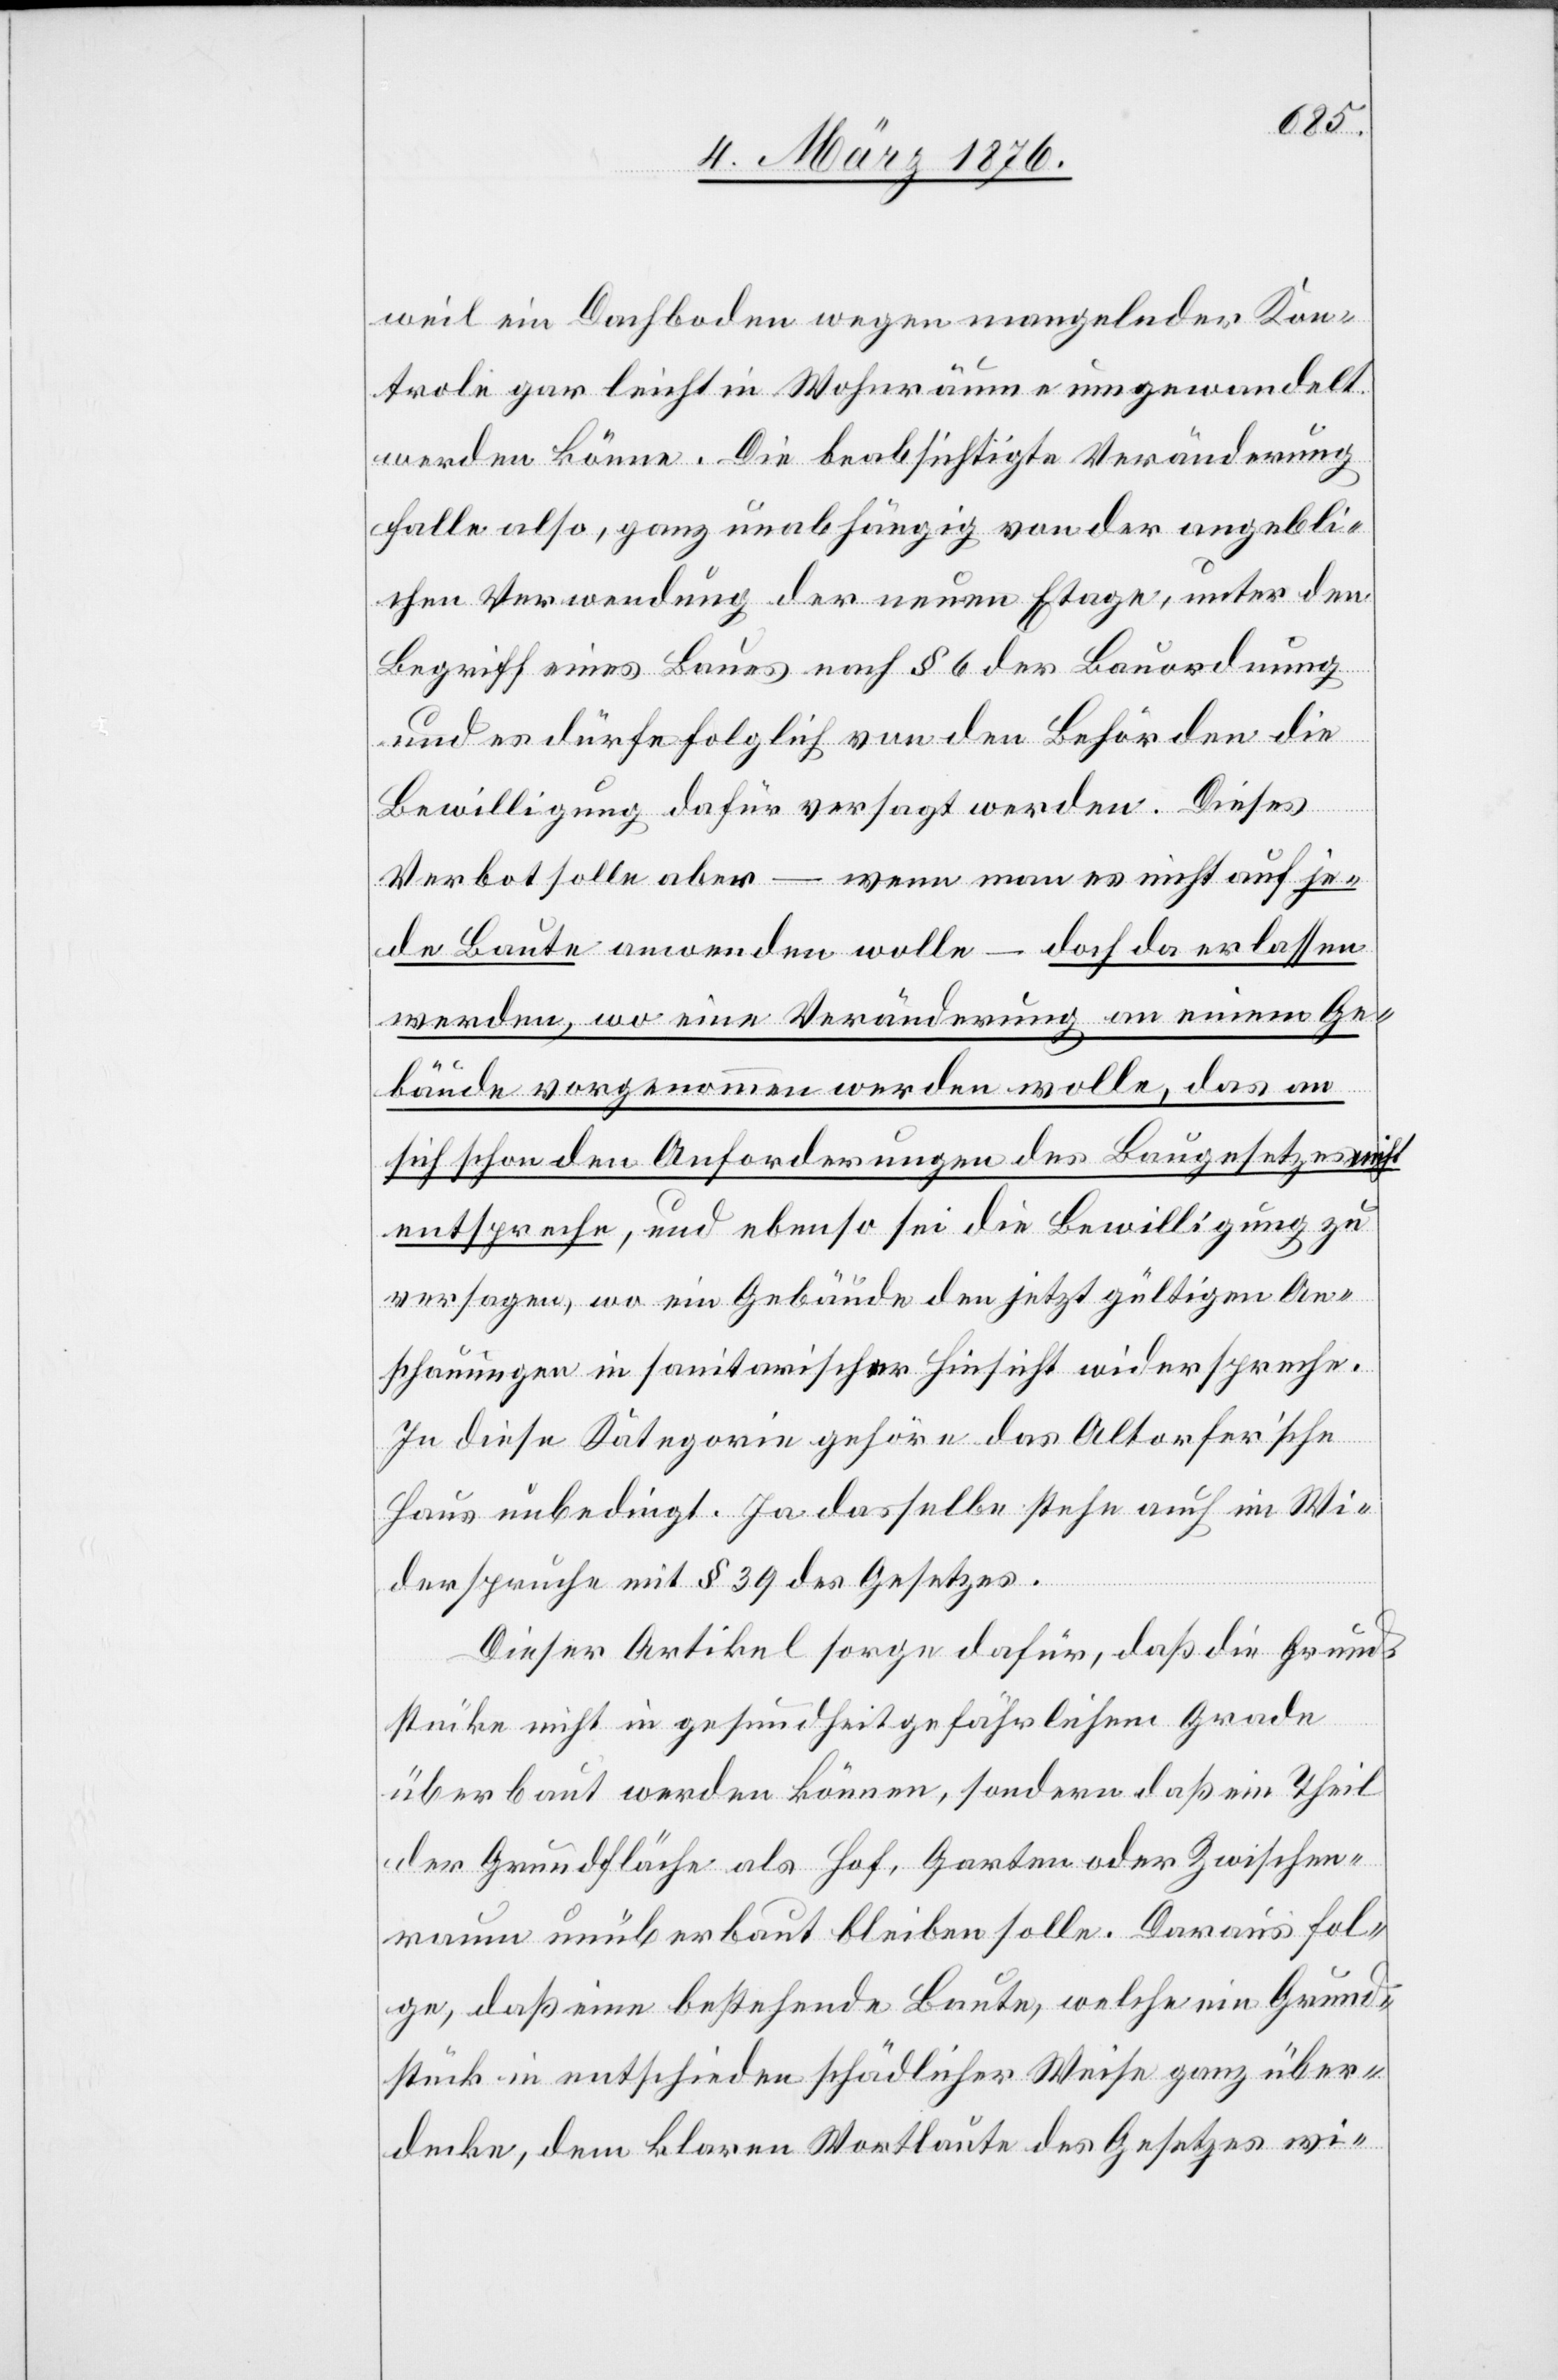
weil ein Dachboden wegen mangelnder Kon¬
trolle gar leicht in Wohnräume umgewandelt
werden könne. Die beabsichtigte Veränderung
falle also, ganz unabhängig von der angebli¬
chen Verwendung der neuen Etage, unter den
Begriff eines Baues nach § 6 der Bauordnung
und es dürfe folglich von den Behörden die
Bewilligung dafür versagt werden. Dieses
Verbot solle aber – wenn man es nicht auf je¬
de Baute anwenden wolle – doch da erlassen
werden, wo eine Veränderung an einem Ge¬
bäude vorgenommen werden wolle, das an
sich schon den Anforderungen des Baugesetzes nicht
entspreche, und ebenso sei die Bewilligung zu
versagen, wo ein Gebäude den jetzt gültigen An¬
schauungen in sanitarischer Hinsicht widerspreche.
In diese Kategorie gehöre das Altorfer’sche
Haus unbedingt. Ja dasselbe stehe auch im Wi¬
derspruche mit § 39 des Gesetzes.
Dieser Artikel sorge dafür, daß die Grund¬
stücke nicht in gesundheitgefährlichem Grade
über baut werden können, sondern daß ein Theil
der Grundfläche als Hof, Garten oder Zwischen¬
raum unüberbaut bleiben solle. Daraus fol¬
ge, daß eine bestehende Baute, welche ein Grund¬
stück in entschieden schädlicher Weise ganz über¬
decke, dem klaren Wortlaute des Gesetzes wi-